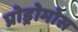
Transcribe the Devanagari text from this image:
प्रोड्रोमोस